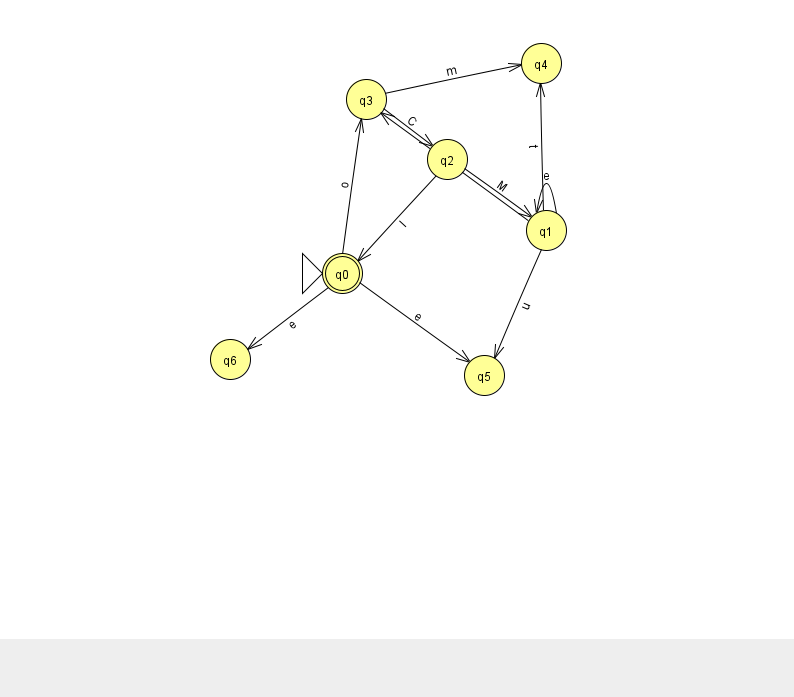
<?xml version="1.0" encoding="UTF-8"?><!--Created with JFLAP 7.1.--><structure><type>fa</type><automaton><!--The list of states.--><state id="0" name="q0"><x>342.0</x><y>260.0</y><initial/><final/></state><state id="1" name="q1"><x>546.0</x><y>217.0</y></state><state id="2" name="q2"><x>447.0</x><y>146.0</y></state><state id="3" name="q3"><x>366.0</x><y>86.0</y></state><state id="4" name="q4"><x>541.0</x><y>50.0</y></state><state id="5" name="q5"><x>484.0</x><y>362.0</y></state><state id="6" name="q6"><x>230.0</x><y>346.0</y></state><!--The list of transitions.--><transition><from>0</from><to>6</to><read>e</read></transition><transition><from>3</from><to>2</to><read>C</read></transition><transition><from>0</from><to>5</to><read>e</read></transition><transition><from>1</from><to>1</to><read>e</read></transition><transition><from>1</from><to>5</to><read>u</read></transition><transition><from>1</from><to>3</to><read>d</read></transition><transition><from>1</from><to>4</to><read>t</read></transition><transition><from>2</from><to>0</to><read>I</read></transition><transition><from>0</from><to>3</to><read>o</read></transition><transition><from>3</from><to>4</to><read>m</read></transition><transition><from>2</from><to>1</to><read>M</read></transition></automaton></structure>